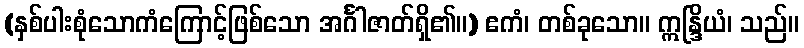
(နှစ်ပါးစုံသောကံကြောင့်ဖြစ်သော အင်္ဂါဇာတ်ရှိ၏။) ဧကံ၊ တစ်ခုသော။ ဣန္ဒြိယံ၊ သည်။